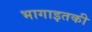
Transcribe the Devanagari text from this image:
भागाइतकी